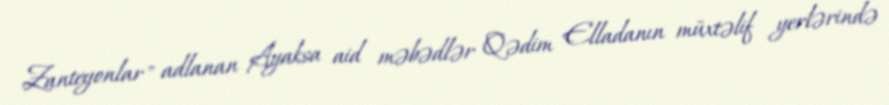
Zanteyonlar" adlanan Ayaksa aid məbədlər Qədim Elladanın müxtəlif yerlərində